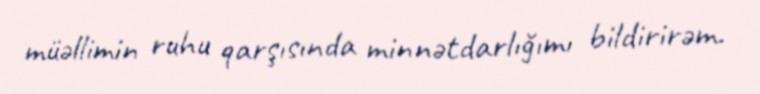
müəllimin ruhu qarşısında minnətdarlığımı bildirirəm.